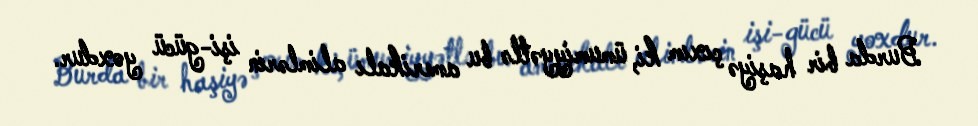
Burda bir haşiyə çıxım ki, ümumiyyətlə bu amerikalı alimlərin işi-gücü yoxdur.